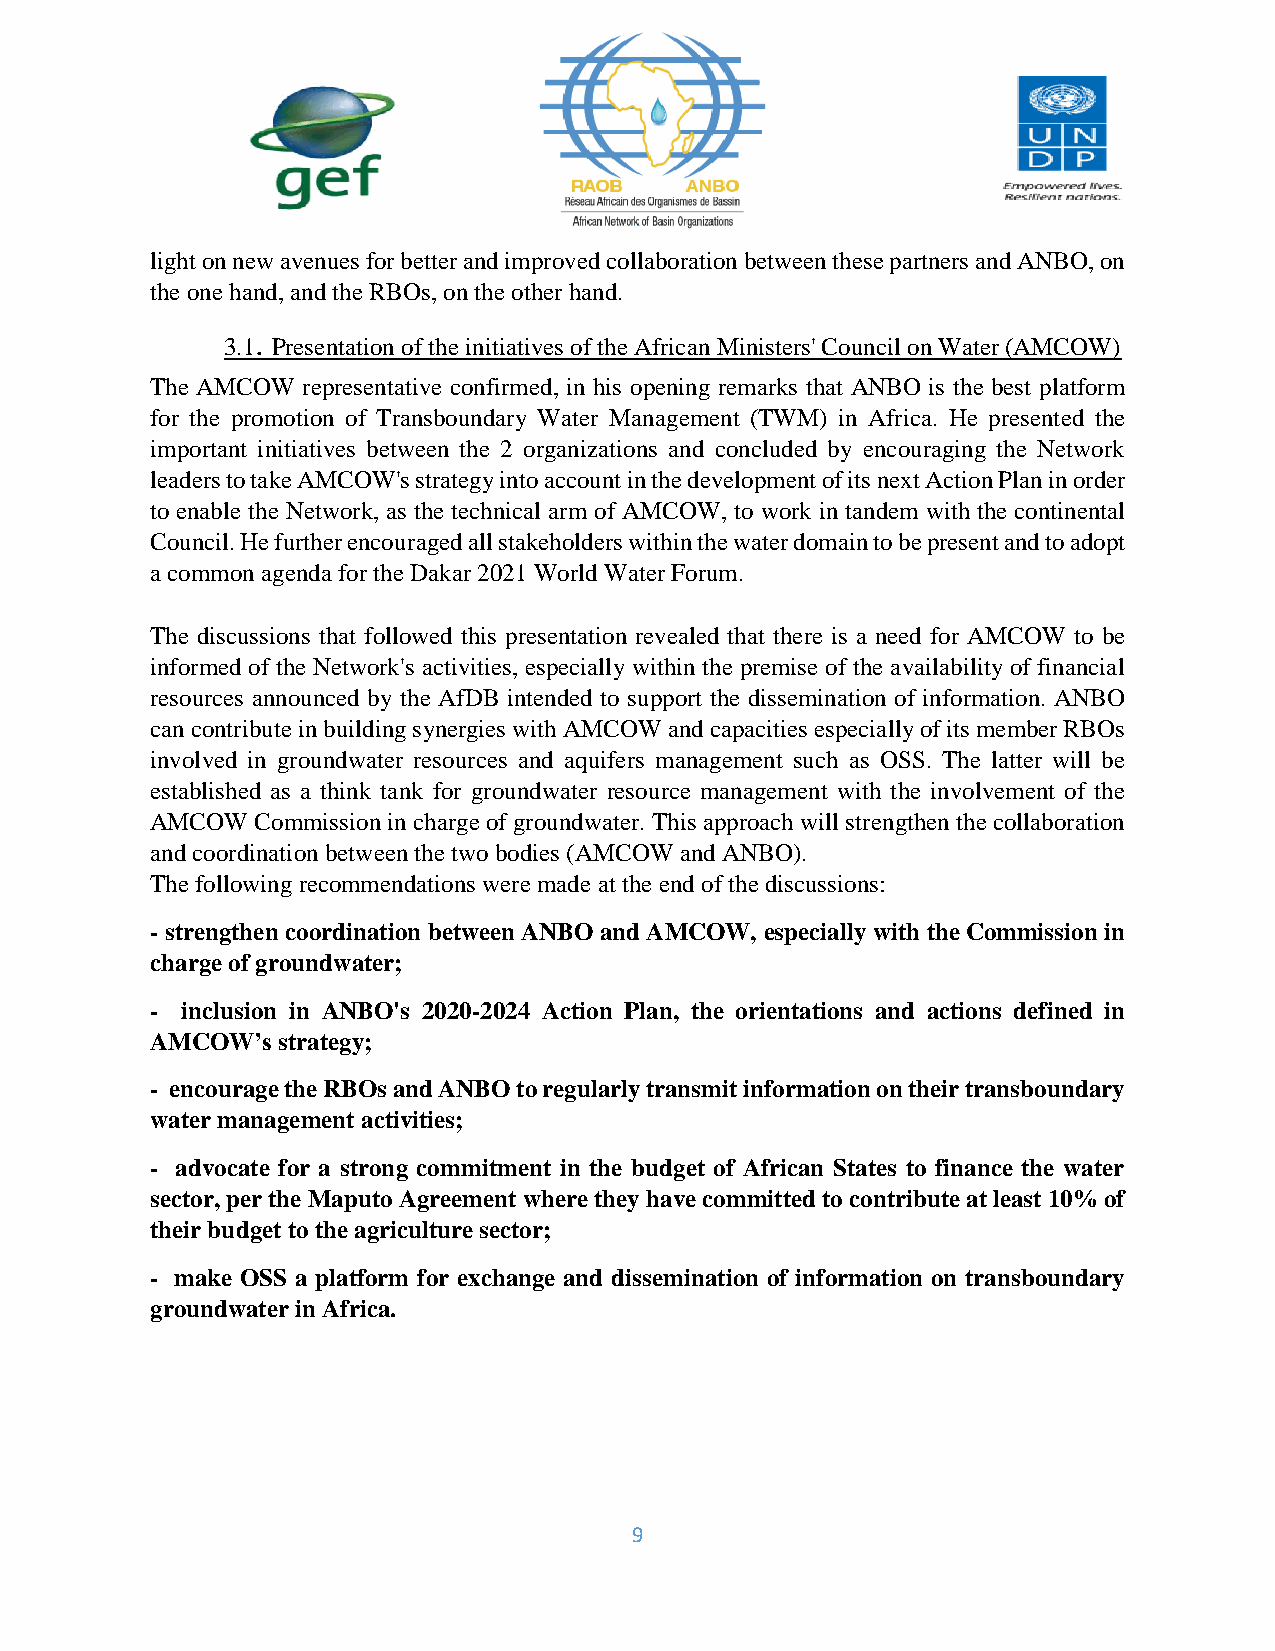
light on new avenues for better and improved collaboration between these partners and ANBO, on
 the one hand, and the RBOs, on the other hand.
 .
 3.1 Presentation of the initiatives of the African Ministers' Council on Water (AMCOW)
 The AMCOW representative confirmed, in his opening remarks that ANBO is the best platform
 for the promotion of Transboundary Water Management (TWM) in Africa. He presented the
 important initiatives between the 2 organizations and concluded by encouraging the Network
 leaders to take AMCOW's strategy into account in the development of its next Action Plan in order
 to enable the Network, as the technical arm of AMCOW, to work in tandem with the continental
 Council. He further encouraged all stakeholders within the water domain to be present and to adopt
 a common agenda for the Dakar 2021 World Water Forum.
 The discussions that followed this presentation revealed that there is a need for AMCOW to be
 informed of the Network's activities, especially within the premise of the availability of financial
 resources announced by the AfDB intended to support the dissemination of information. ANBO
 can contribute in building synergies with AMCOW and capacities especially of its member RBOs
 involved in groundwater resources and aquifers management such as OSS. The latter will be
 established as a think tank for groundwater resource management with the involvement of the
 AMCOW  Commission in charge of groundwater. This approach will strengthen the collaboration
 and coordination between the two bodies (AMCOW and ANBO).
 The following recommendations were made at the end of the discussions:
 - strengthen coordination between ANBO and AMCOW, especially with the Commission in
 charge of groundwater;
 - inclusion in ANBO's 2020-2024 Action Plan, the orientations and actions defined in
 AMCOW’s strategy;
 - encourage the RBOs and ANBO to regularly transmit information on their transboundary
 water management activities;
 - advocate for a strong commitment in the budget of African States to finance the water
 sector, per the Maputo Agreement where they have committed to contribute at least 10% of
 their budget to the agriculture sector;
 - make OSS a platform for exchange and dissemination of information on transboundary
 groundwater in Africa.
 9